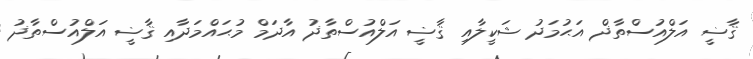
ޤާޟީ އަލްއުސްތާޛް އަޙުމަދު ޝަކީލާއި ޤާޟީ އަލްއުސްތާޛު އާދަމް މުޙައްމަދާއި ޤާޟީ އަލްއުސްތާޛު